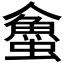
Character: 𧓀